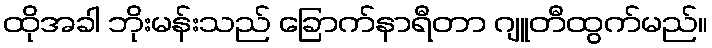
ထိုအခါ ဘိုးမန်းသည် ခြောက်နာရီတာ ဂျူတီထွက်မည်။